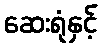
ဆေးရုံနှင့်